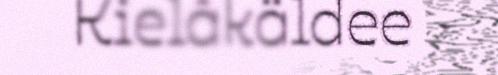
Kielâkäldee